Distribution and causation of leprosy in British India
Year: 1875
Disease focus: Leprosy
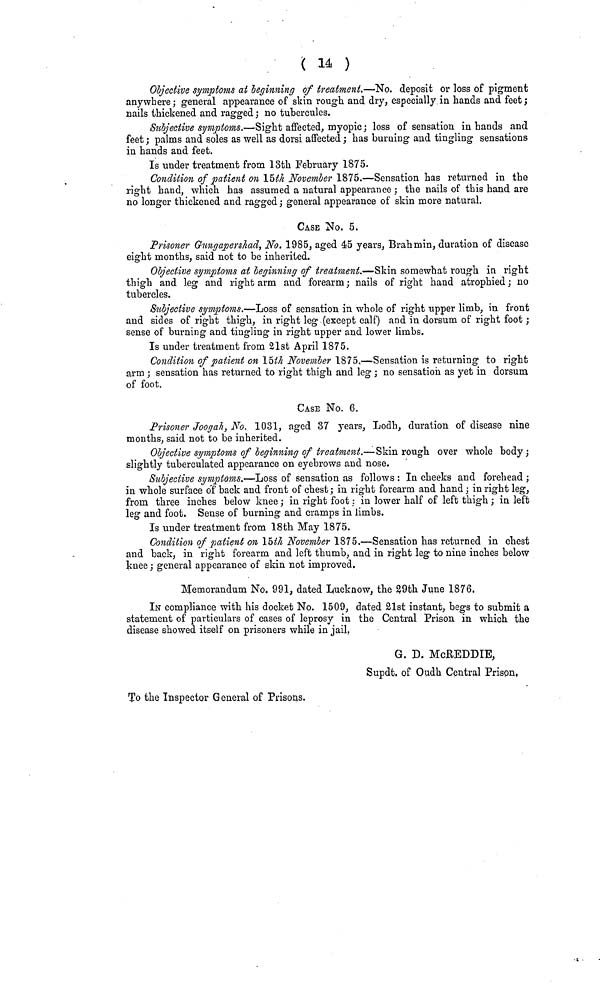
( 14 )
Objective symptoms at beginning of treatment.·—No. deposit or loss of pigment
anywhere; general appearance of skin rough and dry, especially in hands and feet;
nails thickened and ragged ; no tubercules.
Subjective symptoms.—Sight affected, myopic; loss of sensation in hands and
feet ; palms and soles as well as dorsi affected ; has burning and tingling sensations
in hands and feet.
Is under treatment from 13th February 1875.
Condition of patient on I5th November 1875.—Sensation has returned in the
right hand, which has assumed a natural appearance ; the nails of this hand are
no longer thickened and ragged; general appearance of skin more natural.
CASE No. 5.
Prisoner Gungapershad, No. 1985, aged 45 years, Brahmin, duration of disease
eight months, said not to be inherited.
Objective symptoms at beginning of treatment.—Skin somewhat rough in right
thigh and leg and right arm and forearm ; nails of right hand atrophied ; no
tubercles.
Subjective symptoms.—Loss of sensation in whole of right upper limb, in front
and sides of right thigh, in right leg (except calf) and in dorsum of right foot ;
sense of burning and tingling in right upper and lower limbs.
Is under treatment from 21st April 1875.
Condition of patient on 15th November 1875.—Sensation is returning to right
arm ; sensation has returned to right thigh and leg ; no sensation as yet in dorsum
of foot.
CASE No. 6.
Prisoner Joogah, No. 1031, aged 37 years, Lodh, duration of disease nine
mouths, said not to be inherited.
Objective symptoms of beginning of treatment.—Skin rough over whole body;
slightly tuberculated appearance on eyebrows and nose.
Subjective symptoms.—Loss of sensation as follows : In cheeks and forehead ;
in whole surface of back and front of chest ; in right forearm and hand ; in right leg,
from three inches below knee ; in right foot ; in lower half of left thigh ; in left
leg and foot. Sense of burning and cramps in limbs.
Is under treatment from 18th May 1875.
Condition of patient on 15th November 1875.—Sensation has returned in chest
and back, in right forearm and left thumb, and in right leg to nine inches below
knee ; general appearance of skin not improved.
Memorandum No. 991, dated Lucknow, the 29th June 1876.
IN compliance with, his docket No. 1509, dated 21st instant, begs to submit a
statement of particulars of cases of leprosy in the Central Prison in which the
disease showed itself on prisoners while in jail.
G. D. McREDDIE,
Supdt. of Oudh Central Prison.
To the Inspector General of Prisons.